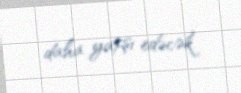
daha yaxşı edəcək.